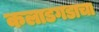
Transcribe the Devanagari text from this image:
कलाडगडाचा